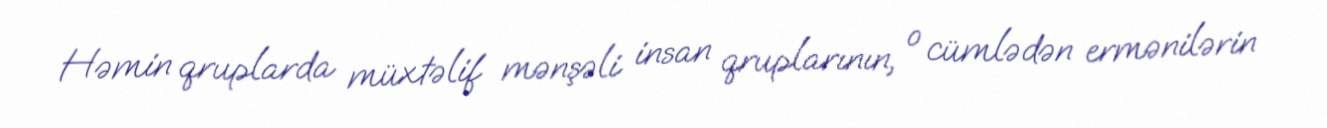
Həmin qruplarda müxtəlif mənşəli insan qruplarının, o cümlədən ermənilərin